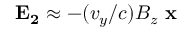
\mathbf { E _ { 2 } } \approx - ( v _ { y } / c ) B _ { z } \ \mathbf { x }